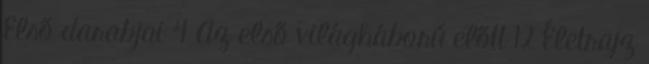
Első darabjai 4 Az első világháború előtt 12 Életrajz